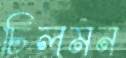
চিলমন